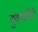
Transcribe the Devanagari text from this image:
नुवाकोटे